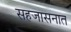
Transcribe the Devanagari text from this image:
सहजासनात